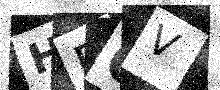
Text: HRCV